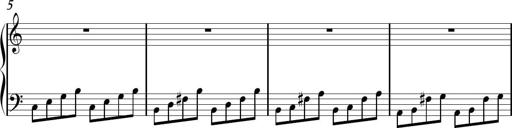
Title: Sonhatina
Composer: Davi Rocha
Key: C major